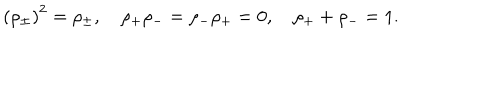
\left( \rho _ { \pm } \right) ^ { 2 } = \rho _ { \pm } , \quad \rho _ { + } \rho _ { - } = \rho _ { - } \rho _ { + } = 0 , \quad \rho _ { + } + \rho _ { - } = 1 .